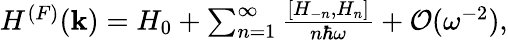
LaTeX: \begin{array}{r}{H^{(F)}({\mathbf k})=H_{0}+\sum_{n=1}^{\infty}\frac{[H_{-n},H_{n}]}{n\hbar\omega}+{\cal O}(\omega^{-2}),}\end{array}